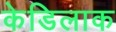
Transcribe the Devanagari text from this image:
केडिलाक